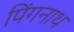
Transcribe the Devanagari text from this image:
पिंगनाथ